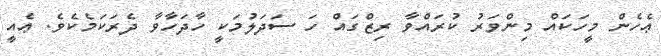
ޢެހެން މީހަކައް މިންވަރު ކުރައްވާ ރިޒްގައް ހަ ސަދަލުމަކީ ހާދަހާވާ ދެރަކަމެކެވެ. ޢެއީ